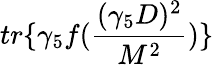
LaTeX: tr\{ \gamma_{5}f(\frac{(\gamma_{5}D)^{2}}{M^{2}})\}